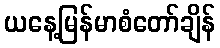
ယနေ့မြန်မာစံတော်ချိန်